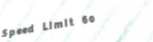
Speed Limit 60